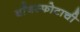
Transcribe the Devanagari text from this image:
बाँबस्फोटाची